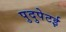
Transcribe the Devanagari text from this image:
पुदुपेटई